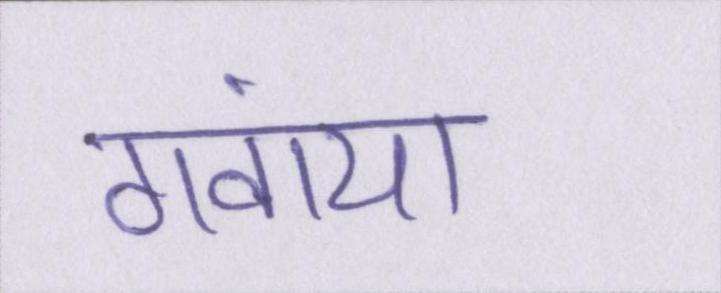
गंवाया